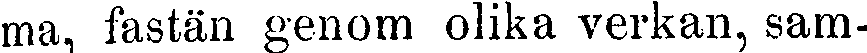
ma, fastän genom olika verkan, sam-